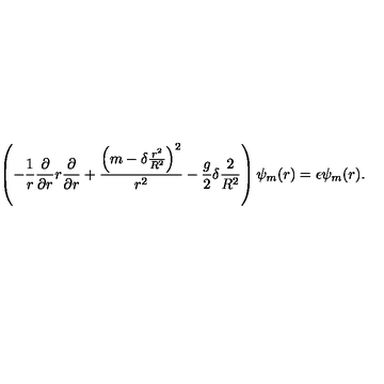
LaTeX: \left( - { \frac { 1 } { r } } { \frac { \partial } { \partial r } } r { \frac { \partial } { \partial r } } + { \frac { \left( m - \delta { \frac { r ^ { 2 } } { R ^ { 2 } } } \right) ^ { 2 } } { r ^ { 2 } } } - { \frac { g } { 2 } } \delta { \frac { 2 } { R ^ { 2 } } } \right) \psi _ { m } ( r ) = \epsilon \psi _ { m } ( r ) .